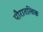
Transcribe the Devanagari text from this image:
पौरातत्विक